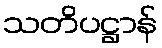
သတိပဋ္ဌာန်